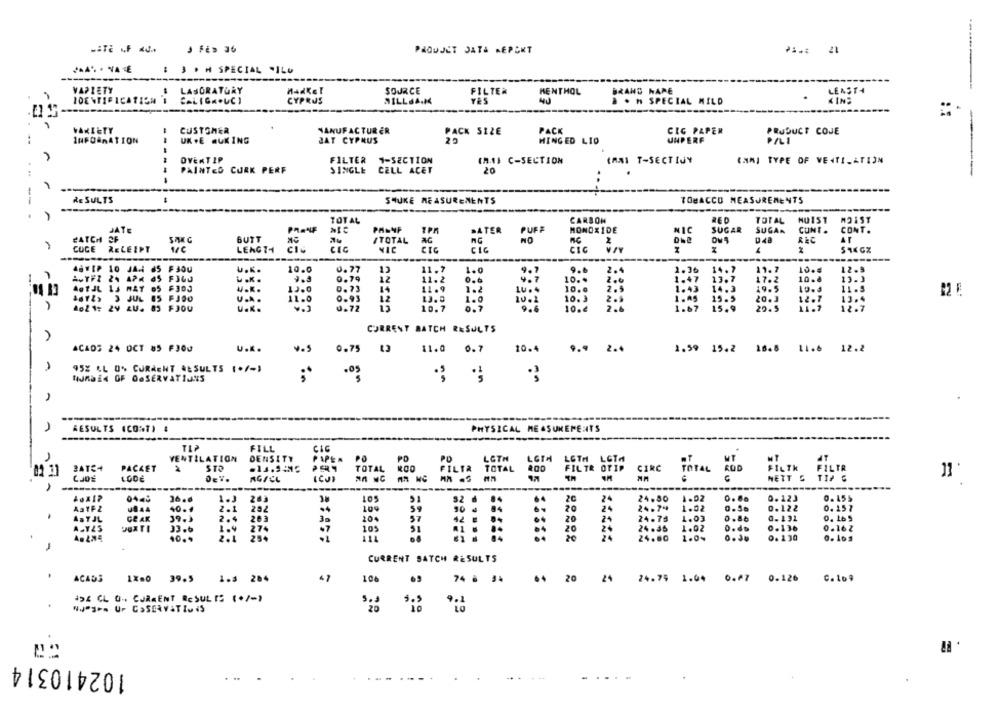
J FÉs 36
PHOUJET DATA MEPONT
: 3 . M SPECIAL "ILU
VARIETY
.
LABORATORY
nadKel
SOURCE
FILTER
BRAND NAME
LEASTA
IDENTIFICATION I
CYPRUS
MILLSA.K
YES
MENTHOL
KIN:
. H SPECIAL MILD
CUSTOMER
PACK
VARIETY
MANUFACTURER
PACK SIZE
CIG PAPER
PRUDUCT COJE
INFORMATION
UK .E AUKING
JAT CYPRUS
HINGED LIO
UNPERF
PALI
OVERTIP
FILTER 1-SECTION
IM11 C-SECTION
(ANI T-SECTIJY
(AMI TYPE OF VENTILATION
PAINTED CORK PERF
SINGLE CELL ACET
20
--
---
RESULTS
SHUKE MEASUREMENTS
TOBACCO MEASUREMENTS
TOTAL
CARBON
RED
TOTAL
HU1ST
MOIST
JATE
PRANF
NIC
PALNF
SATER
PUFF
MONOXIDE
SUGAR
SUGAR
CUNT .
CONT.
NIC
CATCH
BUTT
ITOTAL
RC
D48
CUCE
RECEIPT
LENGTH
CIC
CIC
CIC
CIC
U.K.
10.0
0.77
13
11. 7
1.0
9.6
2.4
1.36
14.7
11.7
100€
12.5
7
.. K.
3.3
0.79
12
11.2
0.6
10 ..
1.47
13.7
17.2
10.8
13.3
AGTJL IJ MAY 65 F303
V.K.
13.0
0. 73
14
11.9
1.2
10.0
14.3
19.5
11.5
3 JUL 85 FJOO
U ...
11.0
0.93
12
1.0
10.3
15.5
20.3
12.7
13.4
do2 1: 2V AU. 83 F300
U.k.
0.72
10.7
0.7
9.6
10.€
1.67
15.9
20.5
12.7
CURRENT BATCH RESULTS
ACAOS 24 OCT 85 F300
U.K.
0.75
11.0
0.7
10.4
9.9 2.4
1.59 15.2 16.8 11.6 12.2
95% LL 0% CURRENT RESULTS [./-)
.05
NJnDEX OF OBSERVATIONS
----
RESULTS (CONT) &
PHYSICAL MEASUREMENTS
FILL
CIC
VENTILATION
DENSITY
PO
LOTH
LGTH
LOTH LCTA
PIPEA PO
PO
2ATC4
PACKET
2
TOTAL
FILTR
TOTAL
FILTR OTIP
CIRC
POTAL
ROD
FILTH FILTR
CJDE
LGDE
DET.
AGACL
(CJI
NETT & TIP C
31
---
---
36.6
1.J
10
52 6 84
2C
24
24.80
1.02
0.80
0. 123
0.155
AstFZ
U844
40.4
202
109
50 .
20
24
24.74
1.02
0.56
0.122
0. 157
ARTJL
GE AK
39.3
2 . 4
203
30
20.
$7
20
24
24.78
1.03
0.86
0.131
0. 16 5
DUXTI
33.6
274
·7
10
51
20
24.35
1.02
D.ds
0.136
0.162
2.1
20
24
24
24.80
0. 1 30
....
1.0%
CURRENT BATCH RESULTS
ACAD3
1X80 39.5
1.3 284
47
106
74 8 34
64
20
24
24.79 1.04 0.67 0.126
C.109
494 CL - CURRENT RESULTS (+/-)
102410314